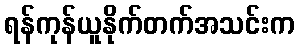
ရန်ကုန်ယူနိုက်တက်အသင်းက